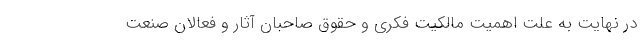
در نهایت به علت اهمیت مالکیت فکری و حقوق صاحبان آثار و فعالان صنعت